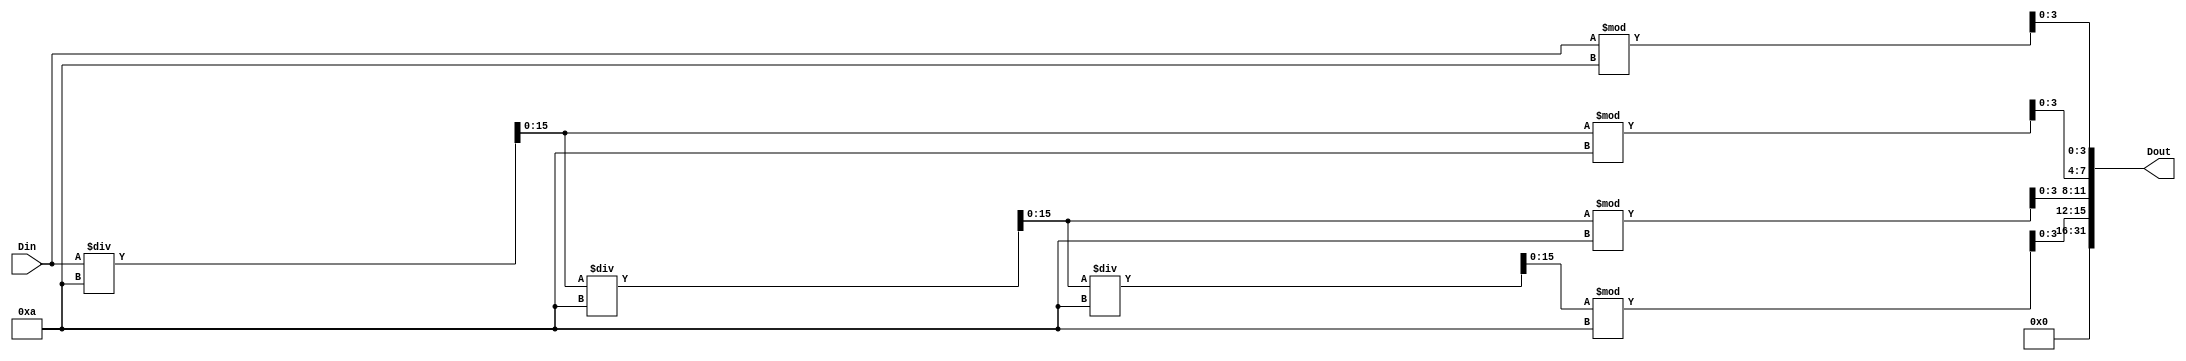
`timescale 1ns / 1ps
module HexToDec(Din,Dout);
	
	input [15:0]Din;
	output reg [31:0]Dout;
	reg [15:0] temp;
	always@(Din)begin
	temp=Din;
	Dout[3:0]=temp%10;
	temp=temp/10;
	Dout[7:4]=temp%10;
	temp=temp/10;
	Dout[11:8]=temp%10;	
	temp=temp/10;
	Dout[15:12]=temp%10;	
	Dout[31:16]=0;	
	end
	
endmodule